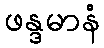
ဖန္ဒမာနံ